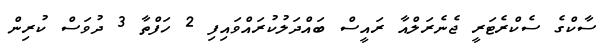
ސާކްގެ ސެކްރެޓަރީ ޖެނެރަލްއާ ރައީސް ބައްދަލުކުރައްވައިފި 2 ހަފްތާ 3 ދުވަސް ކުރިން